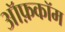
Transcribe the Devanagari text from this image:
ऑफ़कॉम